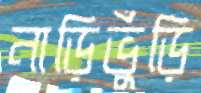
নাড়িভুঁড়ি